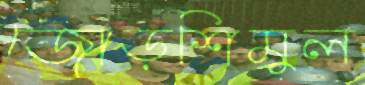
জোড়শিমুল